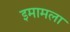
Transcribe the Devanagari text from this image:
इमामला